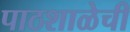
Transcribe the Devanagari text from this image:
पाठशाळेची